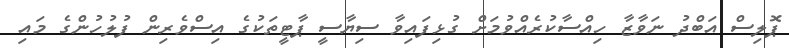
ޕޮލިސް އަބްދު ނަވާޒާ ހިއްސާކުރެއްވުމަށް ގުޅިފައިވާ ސިޔާސީ ޕާޓީތަކުގެ އިސްވެރިން ފުލުހުންގެ މައި